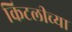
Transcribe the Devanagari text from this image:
किटलीच्या